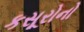
કસૂરોનો